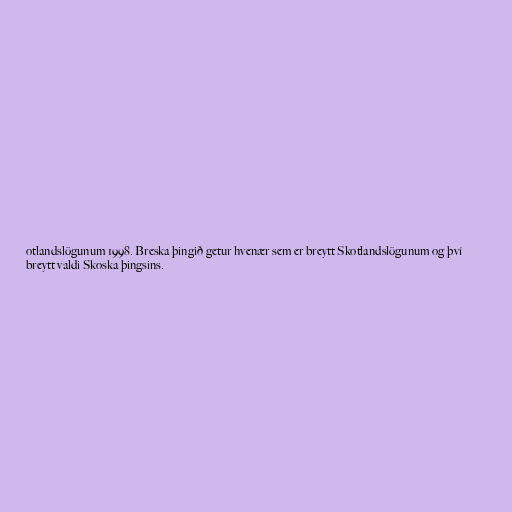
otlandslögunum 1998. Breska þingið getur hvenær sem er breytt Skotlandslögunum og því
breytt valdi Skoska þingsins.